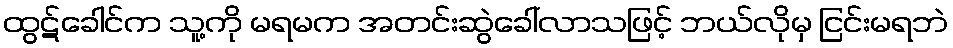
ထွဋ်ခေါင်က သူ့ကို မရမက အတင်းဆွဲခေါ်လာသဖြင့် ဘယ်လိုမှ ငြင်းမရဘဲ